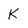
Character: K